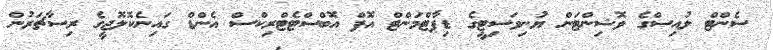
ސެންޓް ލުއިސްގެ ވޮޝިންޓަން ޔުނިވަސިޓީގެ ޑިޕާޓްމަންޓް އޮފް އޮބްސްޓެޓްރިކްސް އެންޑް ގައިނެކޮލޮޖީގެ ރިސާޗަރުން